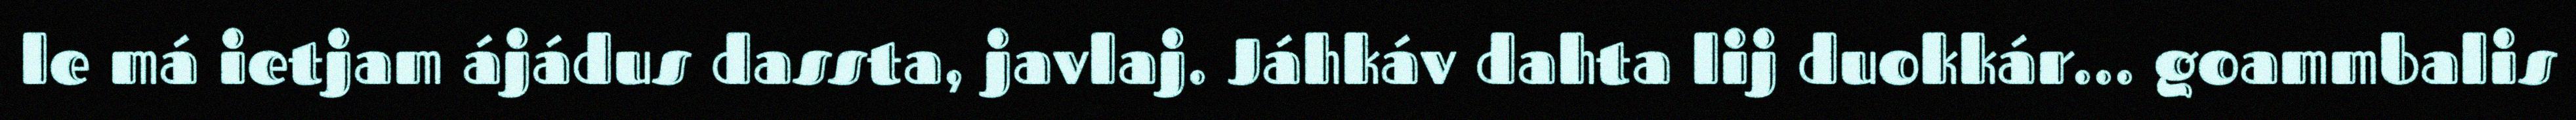
le má ietjam ájádus dassta, javlaj. Jáhkáv dahta lij duokkár... goammbalis